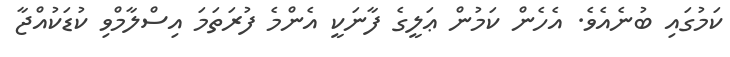
ކަމުގައި ބުނެއެވެ. އެހެން ކަމުން ޢަލީގެ ފާނަކީ އެންމެ ފުރަތަމަ އިސްލާމްވި ކުޑަކުއްޖާ